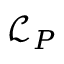
\mathcal { L } _ { P }